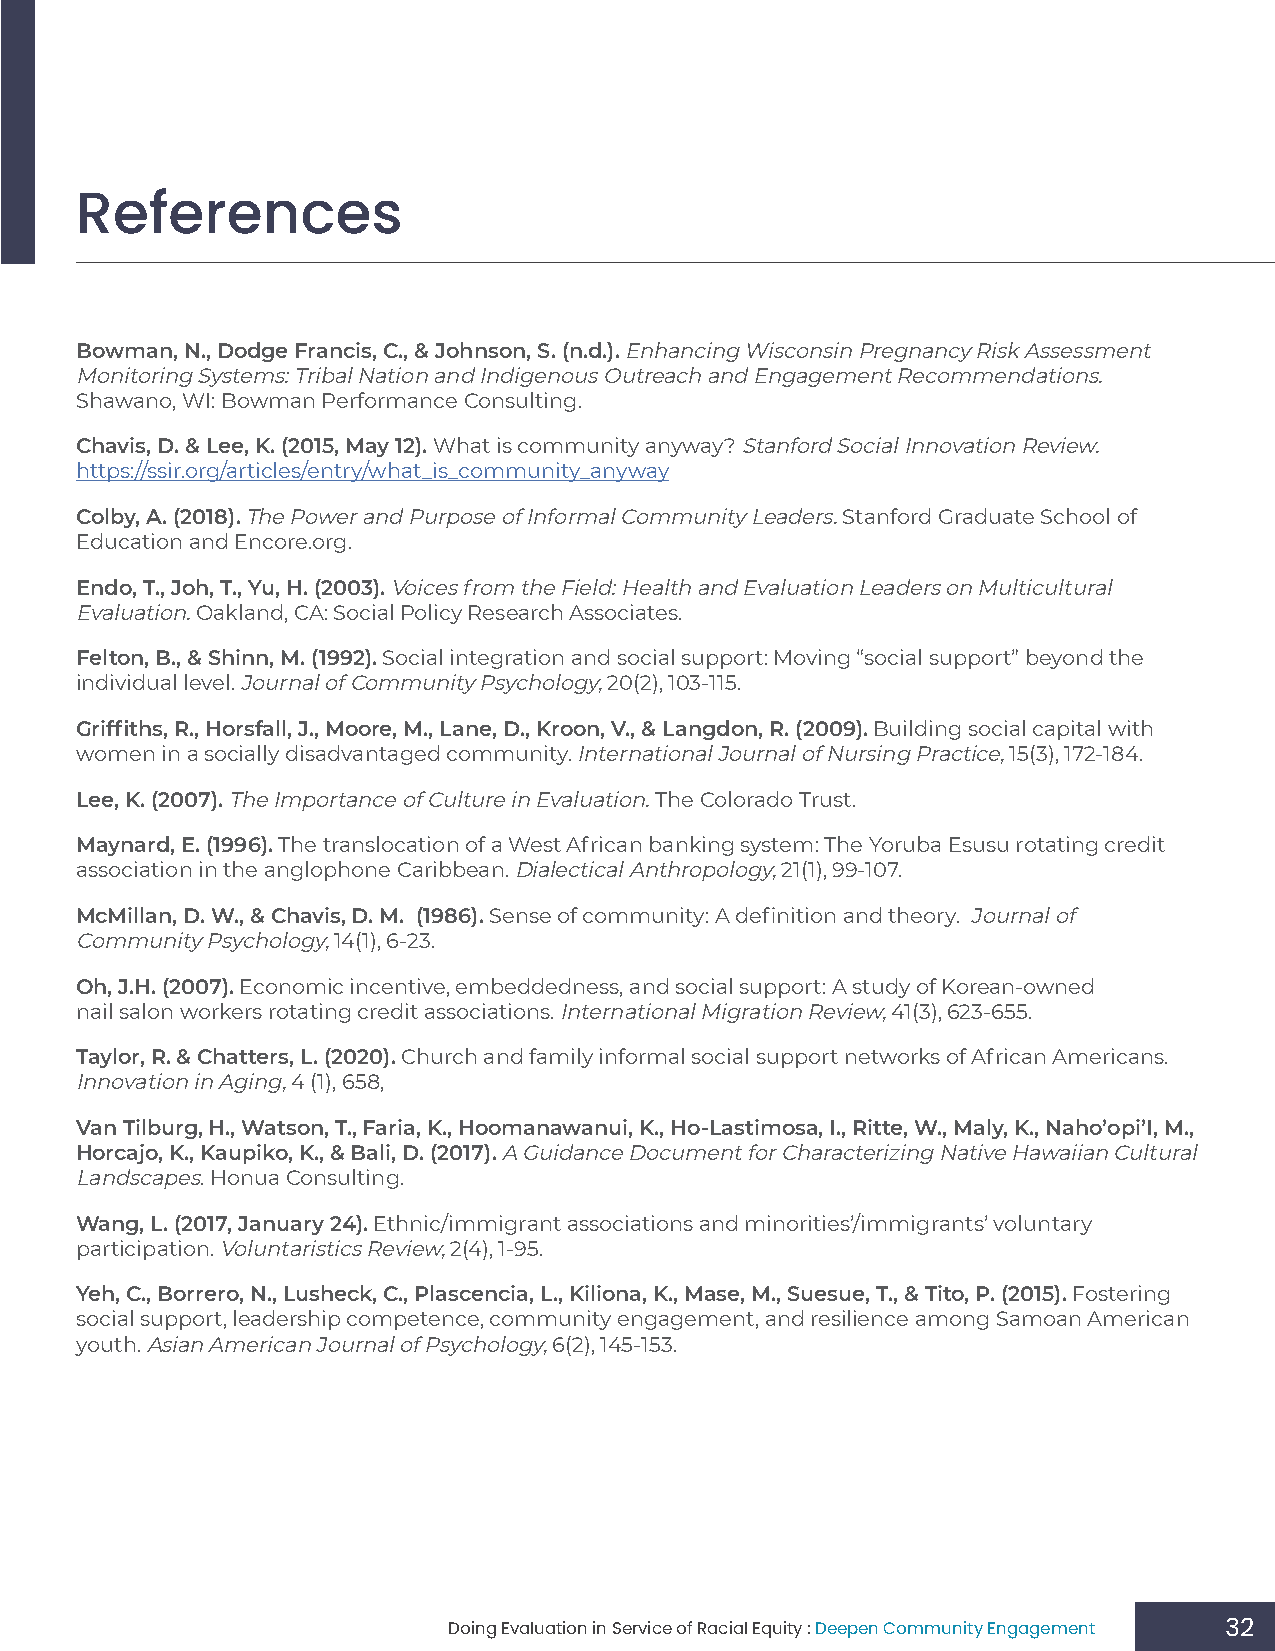
References
 Bowman, N., Dodge Francis, C., & Johnson, S. (n.d.). Enhancing Wisconsin Pregnancy Risk Assessment
 Monitoring Systems: Tribal Nation and Indigenous Outreach and Engagement Recommendations.
 Shawano, WI: Bowman Performance Consulting.
 Chavis, D. & Lee, K. (2015, May 12). What is community anyway? Stanford Social Innovation Review.
 https://ssir.org/articles/entry/what_is_community_anyway
 Colby, A. (2018). The Power and Purpose of Informal Community Leaders. Stanford Graduate School of
 Education and Encore.org.
 Endo, T., Joh, T., Yu, H. (2003). Voices from the Field: Health and Evaluation Leaders on Multicultural
 Evaluation. Oakland, CA: Social Policy Research Associates.
 Felton, B., & Shinn, M. (1992). Social integration and social support: Moving “social support” beyond the
 individual level. Journal of Community Psychology, 20(2), 103-115.
 Griffiths, R., Horsfall, J., Moore, M., Lane, D., Kroon, V., & Langdon, R. (2009). Building social capital with
 women in a socially disadvantaged community. International Journal of Nursing Practice, 15(3), 172-184.
 Lee, K. (2007). The Importance of Culture in Evaluation. The Colorado Trust.
 Maynard, E. (1996). The translocation of a West African banking system: The Yoruba Esusu rotating credit
 association in the anglophone Caribbean. Dialectical Anthropology, 21(1), 99-107.
 McMillan, D. W., & Chavis, D. M. (1986). Sense of community: A definition and theory. Journal of
 Community Psychology, 14(1), 6-23.
 Oh, J.H. (2007). Economic incentive, embeddedness, and social support: A study of Korean-owned
 nail salon workers rotating credit associations. International Migration Review, 41(3), 623-655.
 Taylor, R. & Chatters, L. (2020). Church and family informal social support networks of African Americans.
 Innovation in Aging, 4 (1), 658,
 Van Tilburg, H., Watson, T., Faria, K., Hoomanawanui, K., Ho-Lastimosa, I., Ritte, W., Maly, K., Naho’opi’I, M.,
 Horcajo, K., Kaupiko, K., & Bali, D. (2017). A Guidance Document for Characterizing Native Hawaiian Cultural
 Landscapes. Honua Consulting.
 Wang, L. (2017, January 24). Ethnic/immigrant associations and minorities’/immigrants’ voluntary
 participation. Voluntaristics Review, 2(4), 1-95.
 Yeh, C., Borrero, N., Lusheck, C., Plascencia, L., Kiliona, K., Mase, M., Suesue, T., & Tito, P. (2015). Fostering
 social support, leadership competence, community engagement, and resilience among Samoan American
 youth. Asian American Journal of Psychology, 6(2), 145-153.
 Doing Evaluation in Service of Racial Equity : Deepen Community Engagement 32